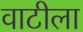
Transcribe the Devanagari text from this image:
वाटीला